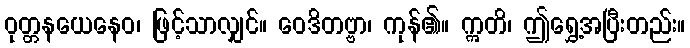
ဝုတ္တနယေနေဝ၊ ဖြင့်သာလျှင်။ ဝေဒိတဗ္ဗာ၊ ကုန်၏။ ဣတိ၊ ဤရွှေ့အပြီးတည်း။